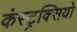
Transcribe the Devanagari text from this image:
कंस्ट्रक्सियो